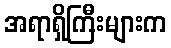
အရာရှိကြီးများက